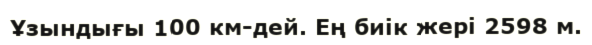
Ұзындығы 100 км-дей. Ең биік жері 2598 м.